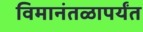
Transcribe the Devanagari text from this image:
विमानंतळापर्यंत